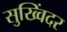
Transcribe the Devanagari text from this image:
सुख्विंदर